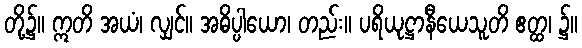
တို့၌။ ဣတိ အယံ၊ လျှင်။ အဓိပ္ပါယော၊ တည်း။ ပရိယုဋ္ဌာနီယေသူတိ ဧတ္ထ၊ ၌။